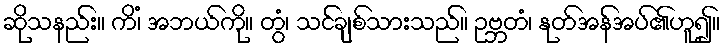
ဆိုသနည်း။ ကိံ၊ အဘယ်ကို။ တွံ၊ သင်ချစ်သားသည်။ ဥဗ္ဘတံ၊ နုတ်အန်အပ်၏ဟူ၍။